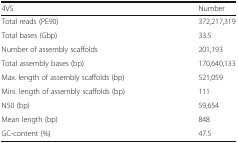
| 4VS | Number |
 | --- | --- |
 | Total reads (PE90) | 372,217,319 |
 | Total bases (Gbp) | 33.5 |
 | Number of assembly scaffolds | 201,193 |
 | Total assembly bases (bp) | 170,640,133 |
 | Max. length of assembly scaffolds (bp) | 521,059 |
 | Mini. length of assembly scaffolds (bp) | 111 |
 | N50 (bp) | 59,654 |
 | Mean length (bp) | 848 |
 | GC-content (%) | 47.5 |